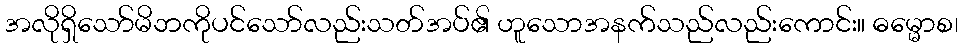
အလိုရှိသော်မိဘကိုပင်သော်လည်းသတ်အပ်၏ ဟူသောအနက်သည်လည်းကောင်း။ ဓမ္မောစ၊